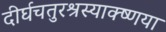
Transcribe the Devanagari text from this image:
दीर्घचतुरश्रस्याक्ष्णया